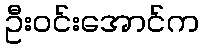
ဦးဝင်းအောင်က